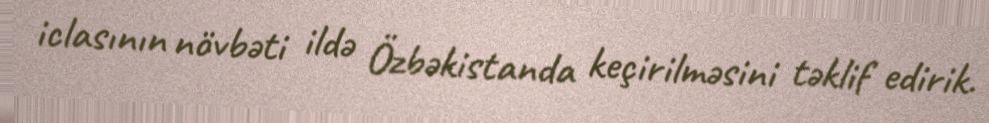
iclasının növbəti ildə Özbəkistanda keçirilməsini təklif edirik.